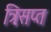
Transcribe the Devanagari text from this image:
त्रिःसप्त